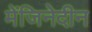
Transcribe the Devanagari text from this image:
मेंजिनेदीन